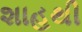
શાહથી